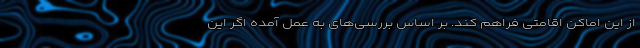
از این اماکن اقامتی فراهم کند. بر اساس بررسی‌های به عمل آمده اگر این